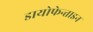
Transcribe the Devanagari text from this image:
डायोफेन्ताइन